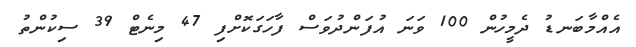
އެއްމާބަނޑު ދެމީހުން 100 ވަނަ އުފަންދުވަސް ފާހަގަކޮށްފި 47 މިނެޓް 39 ސިކުންތު